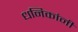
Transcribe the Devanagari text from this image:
धनिकांनी